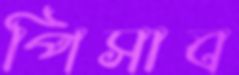
পিসাব